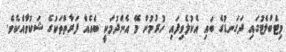
މިޓެބްލެޓުގައި ދަގަނޑުގެ ބައި އެކުލެވިފައި ހުރުމުން މޭ އެންދުމަކީ ބެއެއް ފަރާތްތަކުގެ ޝަކުވާއެކެވެ.